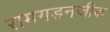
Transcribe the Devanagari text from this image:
रामगडनजीक